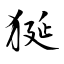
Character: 狿